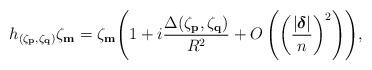
LaTeX: \begin{align*}h_{(\zeta_{\bf p},\zeta_{\bf q})}\zeta_{\bf m}=\zeta_{\bf m}\Biggl(1 +i\frac{\Delta(\zeta_{\bf p},\zeta_{\bf q})}{ R^2}+ O \left(\biggl(\frac{|\mbox{\boldmath$\delta$}|}{n}\biggr)^2\right)\Biggr),\end{align*}